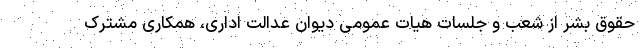
حقوق بشر از شعب و جلسات هیات عمومی دیوان عدالت اداری، همکاری مشترک